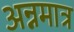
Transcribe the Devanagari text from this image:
अन्नमात्र